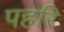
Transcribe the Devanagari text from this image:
पहरि